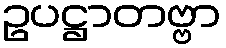
ဥပဋ္ဌာတဗ္ဗာ